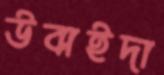
উবাইদা